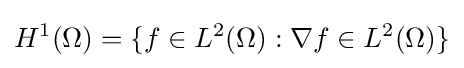
H^{1}(\Omega )=\{f\in L^{2}(\Omega ):\nabla f\in L^{2}(\Omega )\}